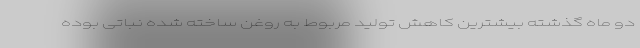
دو ماه گذشته بیشترین کاهش تولید مربوط به روغن ساخته شده نباتی بوده